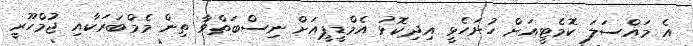
އެ މައްސަލަ ކޮމެޓީއަށް ހުށަހެޅީ އިދިކޮޅު އެމްޑީޕީއަށް ނިސްބަތްވާ ތިން މެމްބަރަކާއި ޖުމްހޫރީ